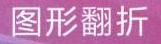
\text{图形翻折}